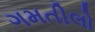
ગમતીલો